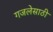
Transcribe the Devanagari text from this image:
गजलेसाठी